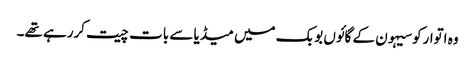
وہ اتوارکوسیہون کے گائوں بوبک میں میڈیا سے بات چیت کررہے تھے۔